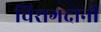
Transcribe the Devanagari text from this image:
चिरागदानी